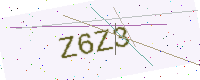
Text: Z6Z3